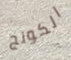
الكونج